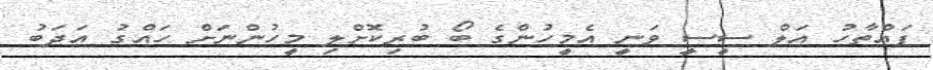
ފައްތާހު އަލް ސީސީ ވަނީ އެމީހުންގެ ބޯ ބުރިކޮށްލި މީހުންނަށް ހައްގު އަދަބު